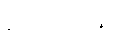
စတုပ္ပဒေါ